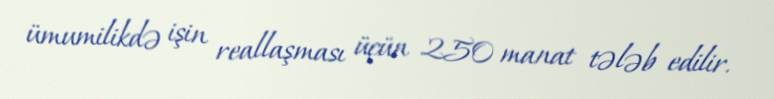
ümumilikdə işin reallaşması üçün 250 manat tələb edilir.